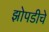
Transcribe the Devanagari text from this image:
झोपडीचे